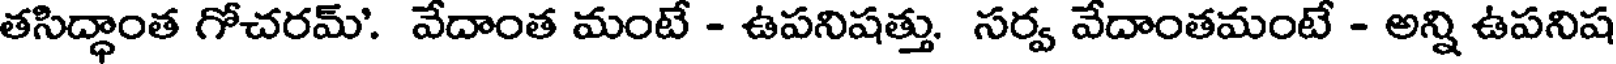
తసిద్ధాంత గోచరమ్'. వేదాంత మంటే - ఉపనిషత్తు. సర్వ వేదాంతమంటే - అన్ని ఉపనిష